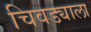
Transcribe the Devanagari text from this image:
चिवड्याला